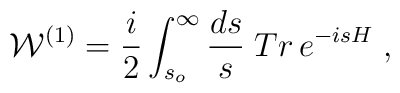
{\cal W}^{(1)}={i\over 2}\int_{s_o}^\infty{ds\over s}\;Tr\,e^{-isH}\; ,